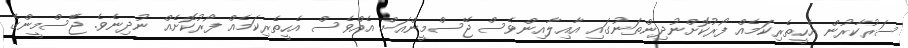
ސަރުކާރުން އެހީތެރިކަމެއް ފޯރުކޮށްނުދިންތަނުގައި އާއިލާއިންވެސް ޖޭސްމީންއަށް އެއްވެސް އެހީތެރިކަމެއް ފޯރުކޮށެއް ނުދިނެވެ. ޖޭޭސްމީންގެ